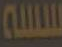
سسة